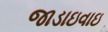
જાડાઇવાઇ